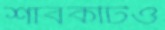
শাবকটিও